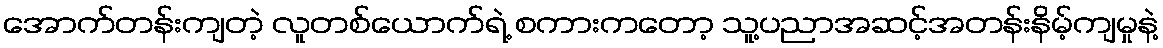
အောက်တန်းကျတဲ့ လူတစ်ယောက်ရဲ့ စကားကတော့ သူ့ပညာအဆင့်အတန်းနိမ့်ကျမှုနဲ့